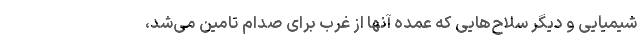
شیمیایی و دیگر سلاح‌هایی که عمده آنها از غرب برای صدام تامین می‌شد،